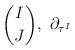
LaTeX: \begin{align*} \binom{I}{J},\ \partial_{\tau^I}\end{align*}